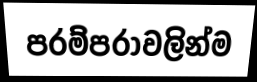
පරම්පරාවලින්ම